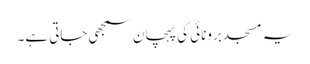
یہ مسجد برونائی کی پہچان سمجھی جاتی ہے۔